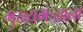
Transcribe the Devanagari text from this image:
मुख्यमंत्र्याला